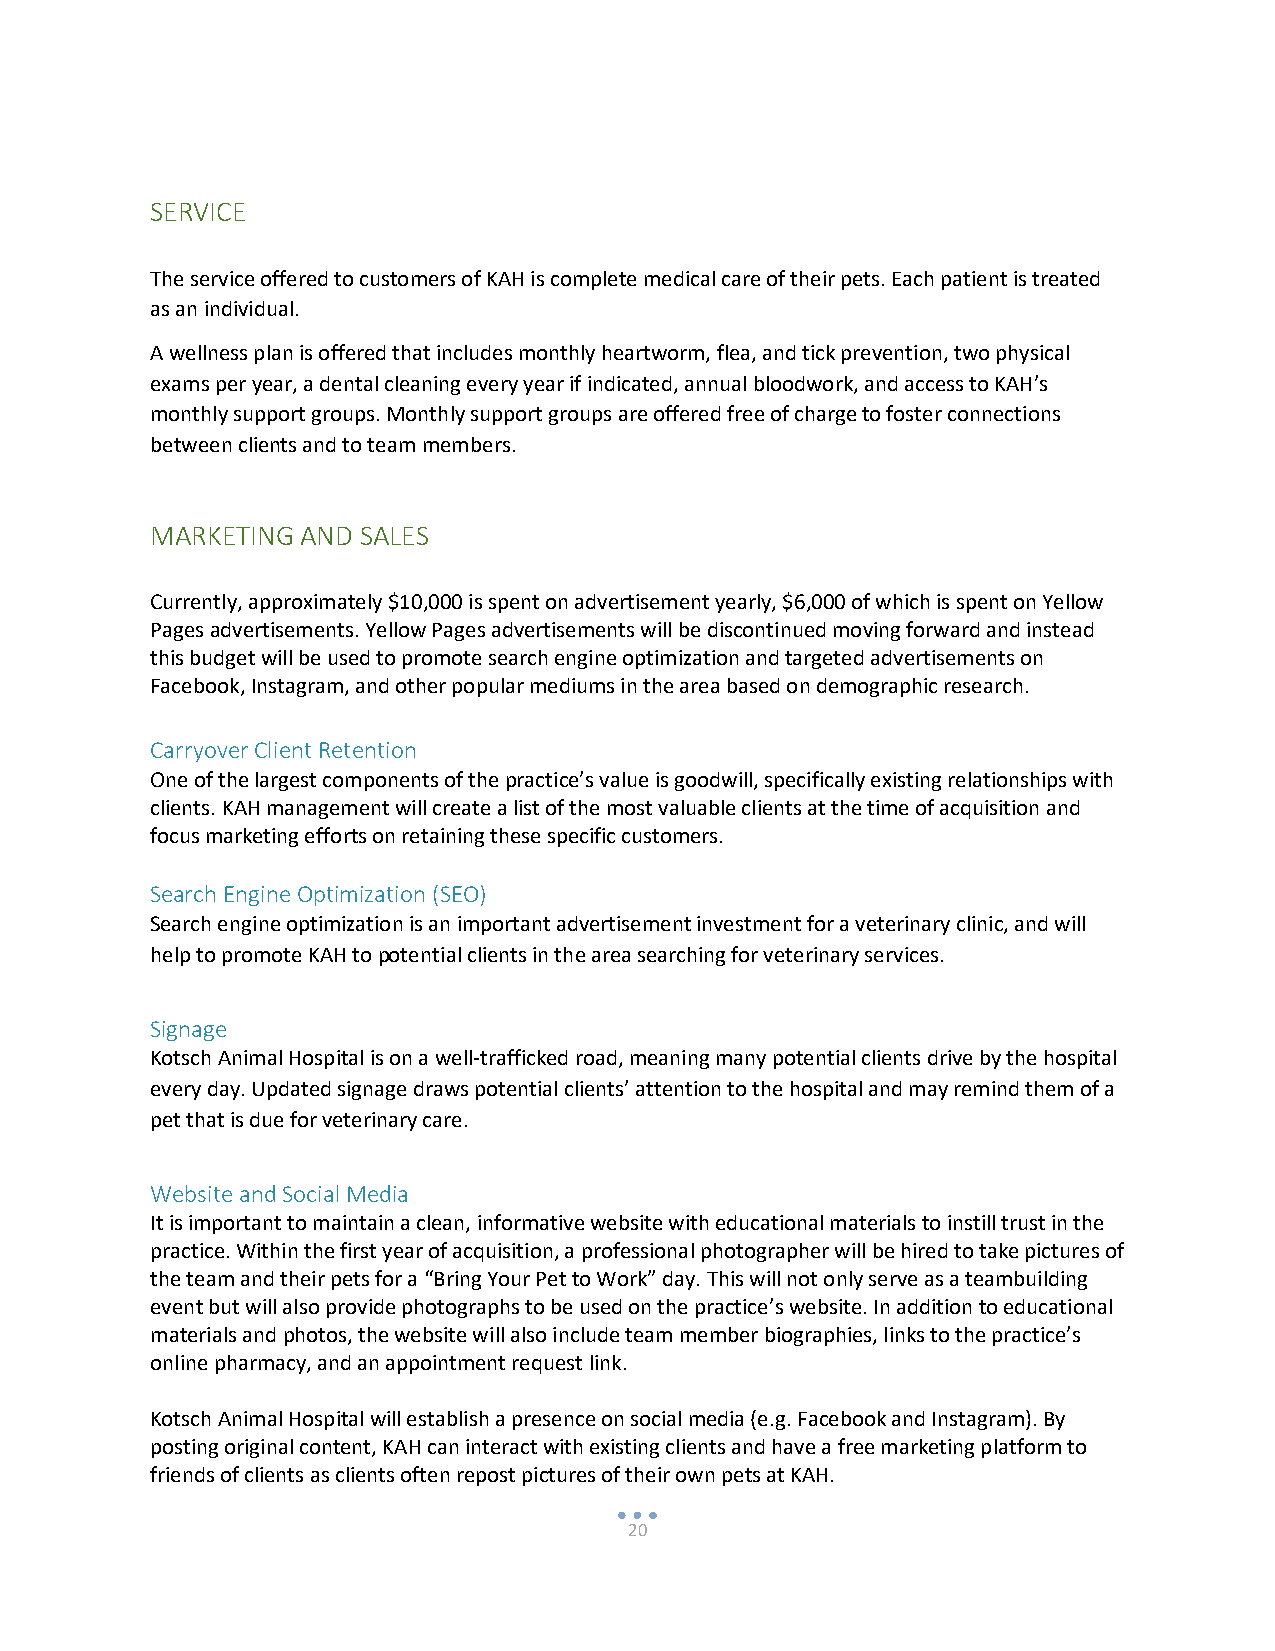
SERVICE
 The service offered to customers of KAH is complete medical care of their pets. Each patient is treated
 as an individual.
 A wellness plan is offered that includes monthly heartworm, flea, and tick prevention, two physical
 exams per year, a dental cleaning every year if indicated, annual bloodwork, and access to KAH’s
 monthly support groups. Monthly support groups are offered free of charge to foster connections
 between clients and to team members.
 MARKETING AND SALES
 Currently, approximately $10,000 is spent on advertisement yearly, $6,000 of which is spent on Yellow
 Pages advertisements. Yellow Pages advertisements will be discontinued moving forward and instead
 this budget will be used to promote search engine optimization and targeted advertisements on
 Facebook, Instagram, and other popular mediums in the area based on demographic research.
 Carryover Client Retention
 One of the largest components of the practice’s value is goodwill, specifically existing relationships with
 clients. KAH management will create a list of the most valuable clients at the time of acquisition and
 focus marketing efforts on retaining these specific customers.
 Search Engine Optimization (SEO)
 Search engine optimization is an important advertisement investment for a veterinary clinic, and will
 help to promote KAH to potential clients in the area searching for veterinary services.
 Signage
 Kotsch Animal Hospital is on a well-trafficked road, meaning many potential clients drive by the hospital
 every day. Updated signage draws potential clients’ attention to the hospital and may remind them of a
 pet that is due for veterinary care.
 Website and Social Media
 It is important to maintain a clean, informative website with educational materials to instill trust in the
 practice. Within the first year of acquisition, a professional photographer will be hired to take pictures of
 the team and their pets for a “Bring Your Pet to Work” day. This will not only serve as a teambuilding
 event but will also provide photographs to be used on the practice’s website. In addition to educational
 materials and photos, the website will also include team member biographies, links to the practice’s
 online pharmacy, and an appointment request link.
 Kotsch Animal Hospital will establish a presence on social media (e.g. Facebook and Instagram). By
 posting original content, KAH can interact with existing clients and have a free marketing platform to
 friends of clients as clients often repost pictures of their own pets at KAH.
 20